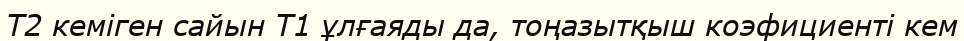
T2 кеміген сайын T1 ұлғаяды да, тоңазытқыш коэфициенті кем